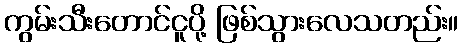
ကွမ်းသီးတောင်ငူပို့ ဖြစ်သွားလေသတည်း။